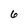
Character: 6